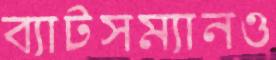
ব্যাটসম্যানও